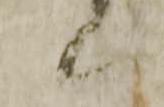
候